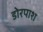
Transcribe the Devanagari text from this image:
डोरपाश